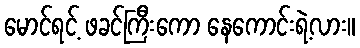
မောင်ရင့် ဖခင်ကြီးကော နေကောင်းရဲ့လား။